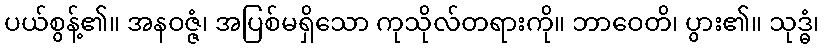
ပယ်စွန့်၏။ အနဝဇ္ဇံ၊ အပြစ်မရှိသော ကုသိုလ်တရားကို။ ဘာဝေတိ၊ ပွား၏။ သုဒ္ဓံ၊